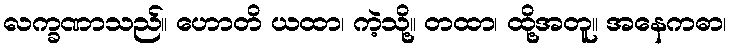
လက္ခဏာသည်။ ဟောတိ ယထာ၊ ကဲ့သို့။ တထာ၊ ထို့အတူ။ အနေကဓာ၊